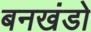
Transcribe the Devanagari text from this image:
बनखंडो